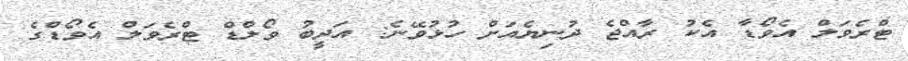
ޓްރެވަލް އެވޯޑާ އެކު ރާއްޖެ ދުނިޔެއަށް ހުޅުވޭނެ: އަދީބު ވޯލްޑް ޓްރެވަލް އެވޯޑްގެ